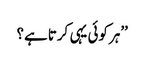
’’ہر کوئی یہی کرتا ہے؟